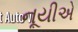
નૂયીએ